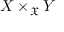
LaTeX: X \times _ { \mathfrak { X } } Y